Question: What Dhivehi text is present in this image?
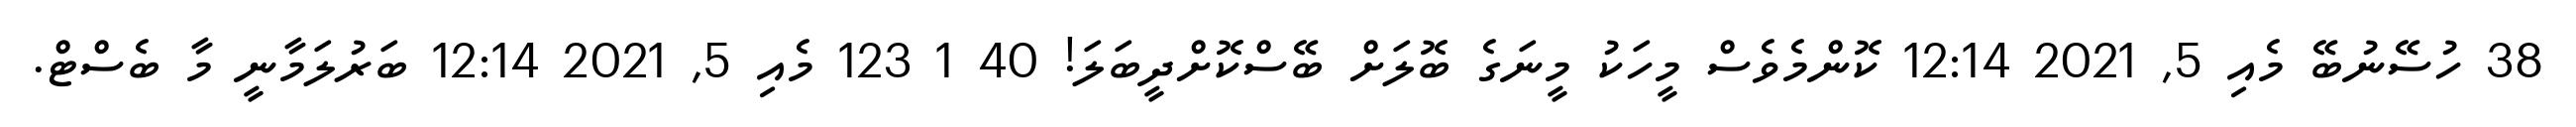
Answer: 38 ހުސޭނުބޭ މެއި 5, 2021 12:14 ކޮންމެވެސް މީހަކު މީނަގެ ބޮލަށް ބޭސްކޮށްދީބަލަ! 40 1 123 މެއި 5, 2021 12:14 ބަރުލަމާނީ މާ ބެސްޓް.